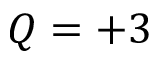
Q = + 3